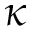
\kappa